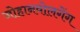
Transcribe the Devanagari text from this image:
जोहानवोलगेंग